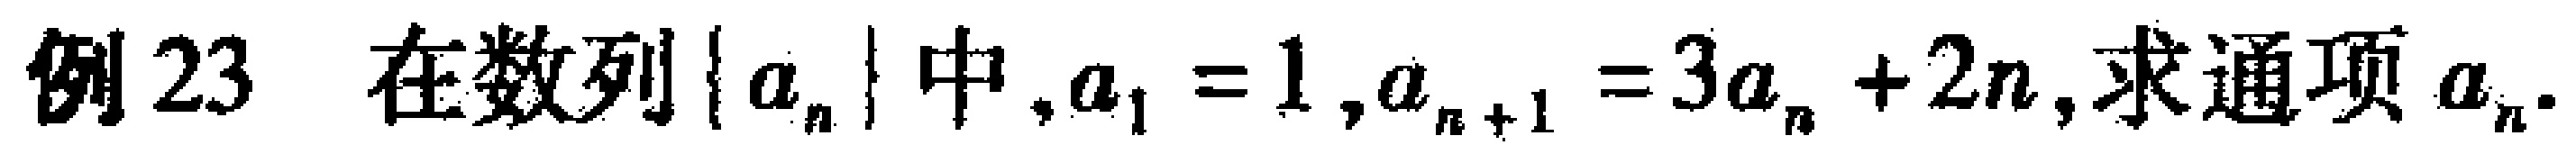
例23 在数列\(\{ a_{n}\}\)中，\(a_{1}=1\)，\(a_{n + 1}=3a_{n}+2n\)，求通项\(a_{n}\)。